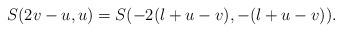
LaTeX: \begin{align*}S(2v-u,u)=S(-2(l+u-v),-(l+u-v)).\end{align*}